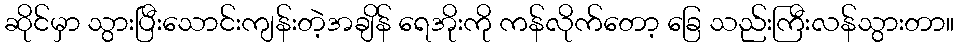
ဆိုင်မှာ သွားပြီးသောင်းကျန်းတဲ့အချိန် ရေအိုးကို ကန်လိုက်တော့ ခြေ သည်းကြီးလန်သွားတာ။